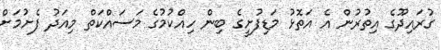
ގުރައިދޫގެ އިތުރުން އެ އަތޮޅު މަޑިފުށީގެ ބިން ހިއްކުމުގެ މަސައްކަތް މިއަދު ފެށުމަށް